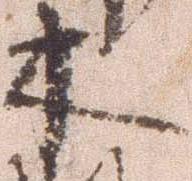
木